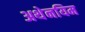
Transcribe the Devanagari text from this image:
अथेनयिम